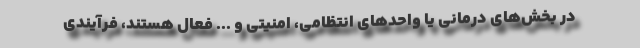
در بخش‌های درمانی یا واحدهای انتظامی، امنیتی و ... فعال هستند، فرآیندی